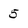
Character: 5